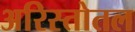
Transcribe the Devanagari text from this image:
अरिस्तोतल